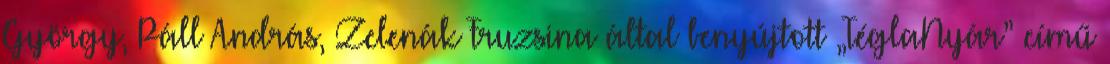
György, Páll András, Zelenák Fruzsina által benyújtott „TéglaNyár” című